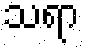
သရာ